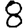
Digit: 8